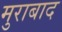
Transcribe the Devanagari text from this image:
मुराबाद